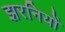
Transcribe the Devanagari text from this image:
झरनियों